Report on sanitation, dispensaries, and jails in Rajputana for 1921, and on vaccination for the year 1921-1922 - 1921-1922
Year: 1921
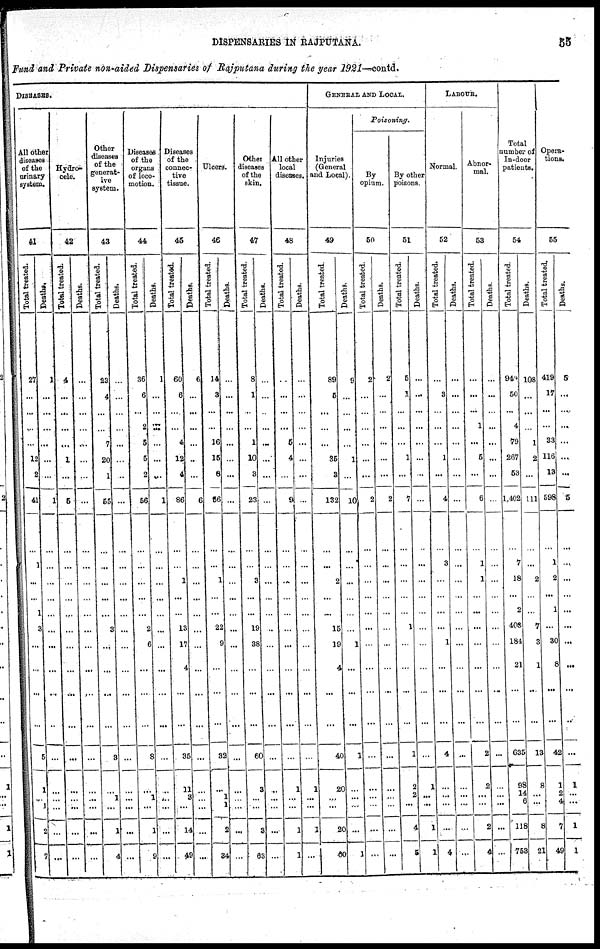
DISPENSARIES IN RAJPUTANA.
55
Fund and Private non-aided Dispensaries of Rajputana during the year 1921—contd.
DISEASES.
All other
diseases
of the
urinary
system.
41
Total treated.
27
...
...
...
...
12
2
41
...
...
1
...
...
1
3
...
...
...
...
5
1
...
1
2
7
Deaths.
1
...
...
...
...
...
...
1
...
...
...
...
...
...
...
...
...
...
...
...
...
...
...
...
...
Hydro¬
cele.
42
Total treated.
4
...
...
...
...
1
...
5
...
...
...
...
...
...
...
...
...
...
...
...
...
...
...
...
...
Deaths.
...
...
...
...
...
...
...
...
...
...
...
...
...
...
...
...
...
...
...
...
...
...
...
...
...
Other
diseases
of the
generat-
ive
system.
43
Total treated.
23
4
...
...
7
20
1
55
...
...
...
...
...
...
3
...
...
...
...
3
...
1
...
1
4
Deaths.
...
...
...
...
...
...
...
...
...
...
...
...
...
...
...
...
...
...
...
...
...
...
...
...
...
Diseases
of the
organs
of loco-
motion.
44
Total treated.
36
6
...
2
5
5
2
56
...
...
...
...
...
...
2
6
...
...
...
8
...
1
...
1
9
Deaths.
1
...
...
...
...
...
...
1
...
...
...
...
...
...
...
...
...
...
...
...
...
....
...
...
...
Diseases
of the
connec-
tive
tissue.
45
Total treated.
60
6
....
...
4
12
4
86
...
...
...
1
...
...
13
17
4
...
...
35
11
3
...
14
49
Deaths.
6
...
...
...
...
...
...
6
...
...
...
...
...
...
...
...
...
...
...
...
...
...
...
...
...
Ulcers.
46
Total treated.
14
3
...
...
16
15
8
56
...
...
...
1
...
...
22
9
...
...
...
32
...
1
1
2
34
Deaths.
...
...
...
...
...
...
...
...
...
...
...
...
...
...
...
...
...
...
...
...
...
...
...
...
...
Other
diseases
of the
skin.
47
Total treated.
8
1
...
...
1
10
3
23
...
...
...
3
...
...
19
38
...
...
...
60
3
...
...
3
63
Deaths.
...
...
...
...
...
...
...
...
...
...
...
...
...
...
...
...
...
...
...
...
...
...
...
...
...
A11 other
local
diseases.
48
Total treated.
...
...
...
...
5
4
...
9
...
...
...
...
...
...
...
...
...
...
...
...
1
...
...
1
1
Deaths.
...
...
...
...
...
...
...
...
...
...
...
...
...
...
...
...
...
...
...
...
1
...
...
1
...
GENERAL AND LOCAL.
Injuries
(General
and Local).
49
Total treated.
89
5
...
...
...
35
3
132
...
...
...
2
...
...
15
19
4
...
...
40
20
...
...
20
60
Deaths.
9
...
...
...
...
1
...
10
...
...
...
...
...
...
...
1
...
...
...
1
...
...
...
...
1
Poisoning.
By
opium.
50
Total treated.
2
...
...
...
...
...
...
2
...
...
...
...
...
...
...
...
...
...
...
...
...
...
...
...
...
Deaths.
2
...
...
...
...
...
...
2
...
...
...
...
...
...
...
...
...
...
...
...
...
...
...
...
...
By other
poisons.
51
Total treated.
5
1
...
...
...
1
...
7
...
...
...
...
...
...
1
...
...
...
...
1
2
2
...
4
5
Deaths.
...
...
...
...
...
...
...
...
...
...
...
...
...
...
...
...
...
...
...
...
1
...
...
1
1
LABOUR.
Normal.
52
Total treated.
...
3
...
...
...
1
...
4
...
...
3
...
...
...
...
1
...
...
...
4
...
...
...
...
4
Deaths.
...
...
...
...
...
...
...
...
...
...
...
...
...
...
...
...
...
...
...
...
...
...
...
...
...
Abnor-
mal.
53
Total treated.
...
...
...
1
...
5
...
6
...
...
1
1
...
...
...
...
...
...
...
2
2
...
...
2
4
Deaths.
...
...
...
...
...
...
...
...
...
...
...
...
...
...
...
...
...
...
...
...
...
...
...
...
...
Total
number of
In-door
patients.
54
Total treated.
949
50
...
4
79
267
53
1,402
...
...
7
18
...
2
408
184
21
...
...
635
98
14
...
118
753
Deaths.
108
...
...
...
1
2
...
111
...
...
...
2
...
...
7
3
1
...
...
13
8
...
...
8
21
Opera-
tions.
55
Total treated.
419
17
...
...
33
116
13
598
...
...
1
2
...
1
...
30
8
...
...
42
1
2
...
7
49
Deaths.
5
...
...
...
...
...
...
5
...
...
...
...
...
...
...
...
...
...
...
...
1
...
...
1
1